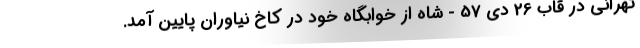
تهرانی در قاب 26 دی 57 - شاه از خوابگاه خود در کاخ نیاوران پایین آمد.